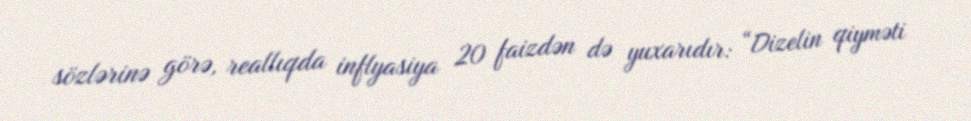
sözlərinə görə, reallıqda inflyasiya 20 faizdən də yuxarıdır: “Dizelin qiyməti